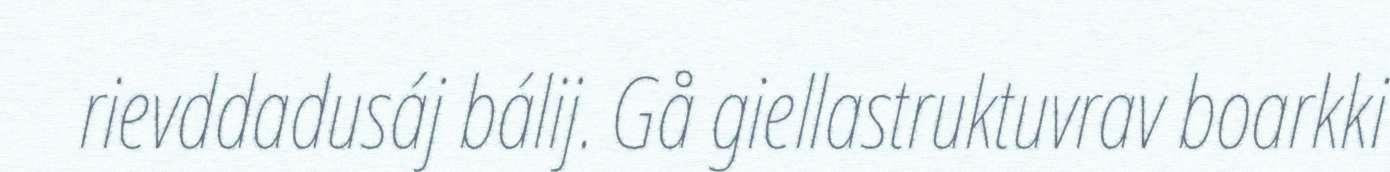
rievddadusáj bálij. Gå giellastruktuvrav boarkki